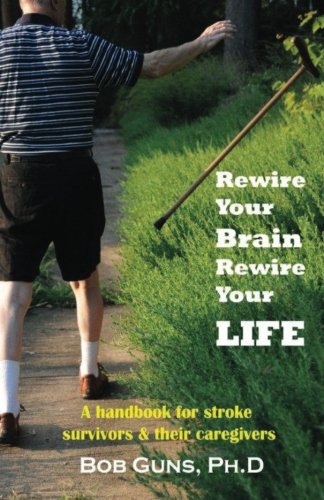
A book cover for Rewire Your Brain, Rewire Your Life: A Handbook for Stroke Survivors & Their Caregivers; Bob Guns PhD; Health, Fitness & Dieting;